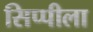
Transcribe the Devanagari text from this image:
सिप्पीला